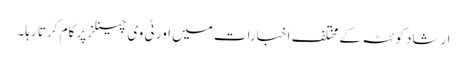
ارشاد کوئٹہ کے مختلف اخبارات میں اور ٹی وی چینلز پر کام کرتا رہا۔